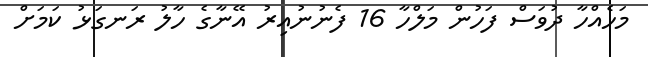
މަހެއްހާ ދުވަސް ފަހުން މަލްހާ 16 ފެނުނުއިރު އޭނާގެ ހާލު ރަނގަޅު ކަމަށް